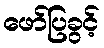
ဖော်ပြခွင့်